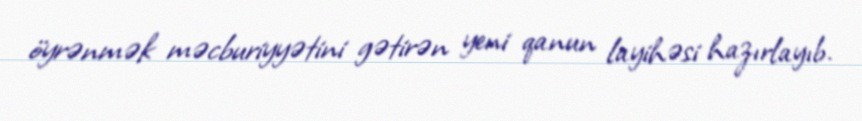
öyrənmək məcburiyyətini gətirən yeni qanun layihəsi hazırlayıb.